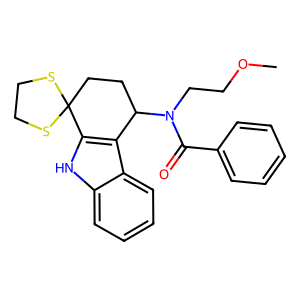
SMILES: COCCN(C(=O)c1ccccc1)C1CCC2(SCCS2)c2[nH]c3ccccc3c21
Inhibits HIV replication: No